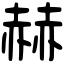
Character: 赫